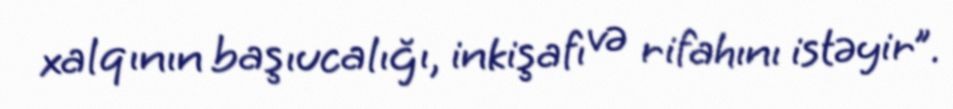
xalqının başıucalığı, inkişafı və rifahını istəyir”.